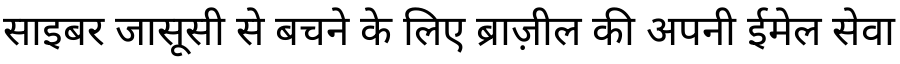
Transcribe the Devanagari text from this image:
साइबर जासूसी से बचने के लिए ब्राज़ील की अपनी ईमेल सेवा